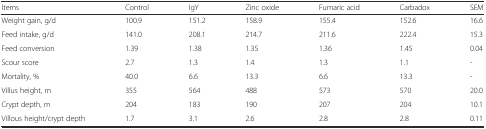
<table><thead><tr><td><b>Items</b></td><td><b>Control</b></td><td><b>IgY</b></td><td><b>Zinc oxide</b></td><td><b>Fumaric acid</b></td><td><b>Carbadox</b></td><td><b>SEM</b></td></tr></thead><tbody><tr><td>Weight gain, g/d</td><td>100.9</td><td>151.2</td><td>158.9</td><td>155.4</td><td>152.6</td><td>16.6</td></tr><tr><td>Feed intake, g/d</td><td>141.0</td><td>208.1</td><td>214.7</td><td>211.6</td><td>222.4</td><td>15.3</td></tr><tr><td>Feed conversion</td><td>1.39</td><td>1.38</td><td>1.35</td><td>1.36</td><td>1.45</td><td>0.04</td></tr><tr><td>Scour score</td><td>2.7</td><td>1.3</td><td>1.4</td><td>1.3</td><td>1.1</td><td>-</td></tr><tr><td>Mortality, %</td><td>40.0</td><td>6.6</td><td>13.3</td><td>6.6</td><td>13.3</td><td>-</td></tr><tr><td>Villus height, m</td><td>355</td><td>564</td><td>488</td><td>573</td><td>570</td><td>20.0</td></tr><tr><td>Crypt depth, m</td><td>204</td><td>183</td><td>190</td><td>207</td><td>204</td><td>10.1</td></tr><tr><td>Villous height/crypt depth</td><td>1.7</td><td>3.1</td><td>2.6</td><td>2.8</td><td>2.8</td><td>0.11</td></tr></tbody></table>